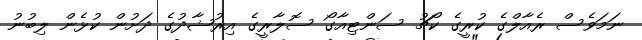
ނަމަވެސް ރެއާލްގެ ކުރީގެ ކޯޗު ސަންޓިއާގޯ ސޮލާރީގެ އިރުޝާދުގެ ދަށުން ކުޅެން ލިބުނު